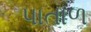
પાતાળ